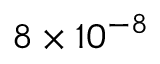
8 \times 1 0 ^ { - 8 }